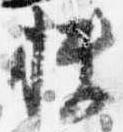
快